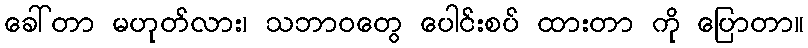
ခေါ်တာ မဟုတ်လား၊ သဘာဝတွေ ပေါင်းစပ် ထားတာ ကို ပြောတာ။